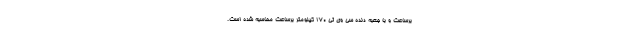
برساعت و با جعبه دنده سی وی تی 170 کیلومتر برساعت محاسبه شده است.